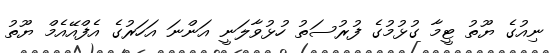
ނިއުގެ ޔޫތު ޓީމާ ގުޅުމުގެ ފުރުސަތު ހުޅުވާލަނީ އަންނަ އަހަރުގެ އެފްއޭއެމް ޔޫތު